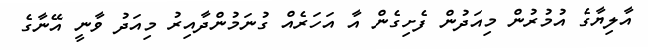
އާލިޔާގެ އުމުރުން މިއަދުން ފެށިގެން އާ އަހަރެއް ގުނަމުންދާއިރު މިއަދު ވާނީ އޭނާގެ